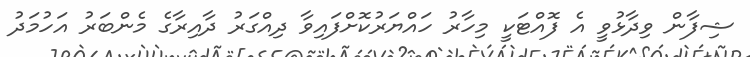
ޝިފާން ވިދާޅުވީ އެ ފޮއްޓަކީ މިހާރު ހައްޔަރުކޮށްފައިވާ ދިއްގަރު ދާއިރާގެ މެންބަރު އަހުމަދު